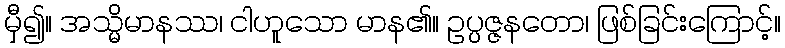
မှီ၍။ အသ္မိမာနဿ၊ ငါဟူသော မာန၏။ ဥပ္ပဇ္ဇနတော၊ ဖြစ်ခြင်းကြောင့်။